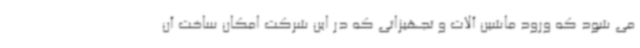
می شود که ورود ماشین آلات و تجهیزاتی که در این شرکت امکان ساخت آن